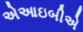
એઆઇબીએ